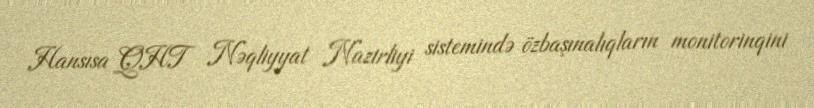
Hansısa QHT Nəqliyyat Nazirliyi sistemində özbaşınalıqların monitorinqini